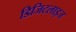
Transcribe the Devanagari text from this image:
डिजिटलाइज